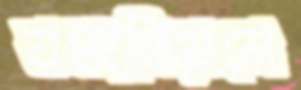
যথানিয়মে